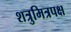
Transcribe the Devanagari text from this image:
शत्रुमित्रपक्ष